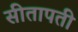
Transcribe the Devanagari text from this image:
सीतापती